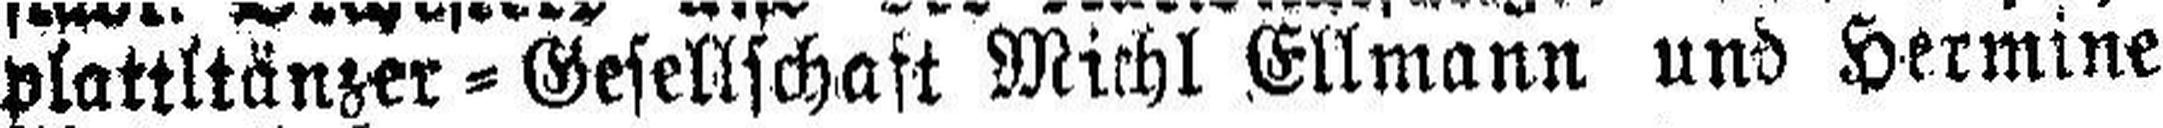
plattltänzer=Gesellschaft Michl Ellmann und Hermine